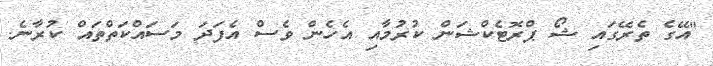
"އޭގެ ތެރޭގައި ޝޯ ޕްރޮޓެކްޝަން ކުރުމާއި އެހެން ވެސް އެފަދަ މަސައްކަތްތައް ކުރާނެ.